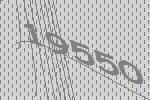
19550